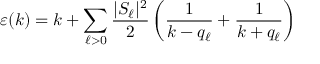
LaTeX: \varepsilon ( k ) = k + \sum _ { \ell > 0 } \frac { | S _ { \ell } | ^ { 2 } } { 2 } \left( \frac { 1 } { k - q _ { \ell } } + \frac { 1 } { k + q _ { \ell } } \right)